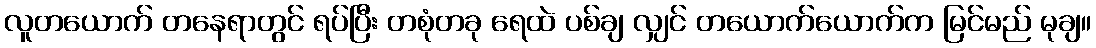
လူတယောက် တနေရာတွင် ရပ်ပြီး တစုံတခု ရေထဲ ပစ်ချ လျှင် တယောက်ယောက်က မြင်မည် မုချ။